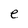
Character: e